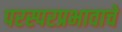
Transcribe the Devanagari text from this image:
परस्परप्रभावाचे